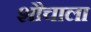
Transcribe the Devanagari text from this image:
शौचाला